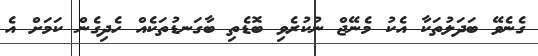
ގެނެވޭ ބަދަލުތަކާ އެކު މެނޭޖް ނުކުރެވި ބޮޑެތި ބާގަނޑުތަކެއް ހެދިގެން ކަމަށް އެ